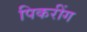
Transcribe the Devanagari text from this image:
पिकरींग